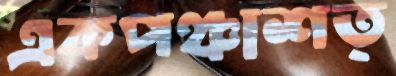
একপঞ্চাশত্